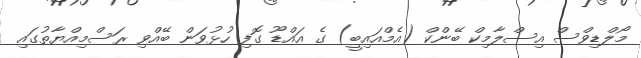
މޯލްޑިވްސް އިސްލާމިކް ބޭންކް (އެމްއައިބީ) ގެ އައްޑޫ ގޮފި ހުޅުވަން ބޭއްވި ރަސްމިއްޔާތުގައި